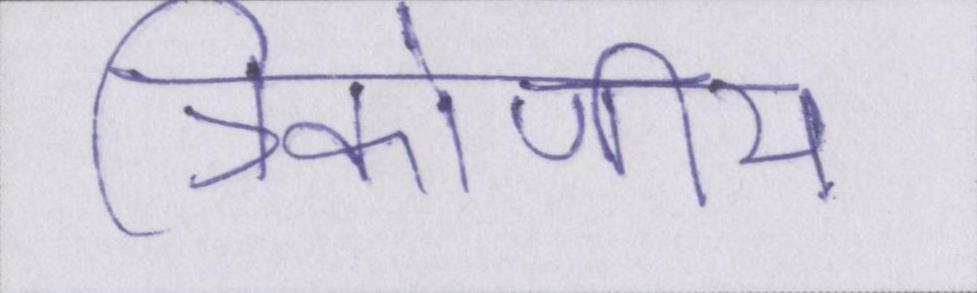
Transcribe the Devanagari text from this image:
त्रिकोणीय